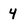
Character: 4